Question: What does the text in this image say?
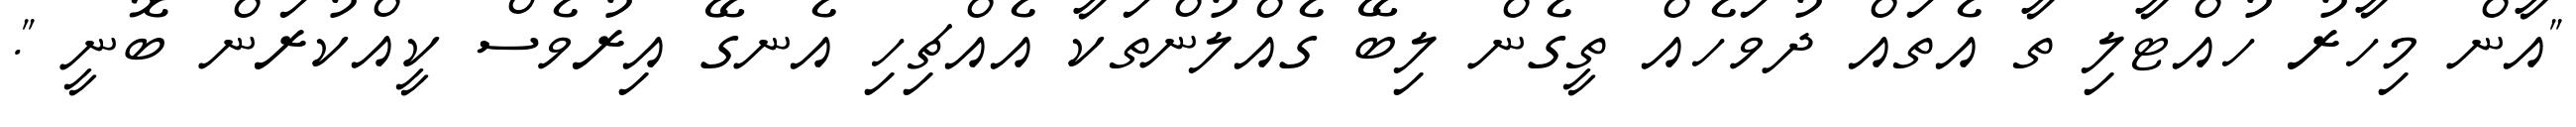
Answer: "އާން މިހާރު ހުއްޓާލި ތާ އެތައް ދުވަހެއް ތީގެން ލިބޭ ގެއްލުންތަކާ އެއްޗިހި އެނގޭ އިރުވެސް ކީއްކުރަން ބޮނީ ".